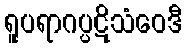
ရူပရာဂပ္ပဋိသံဝေဒီ